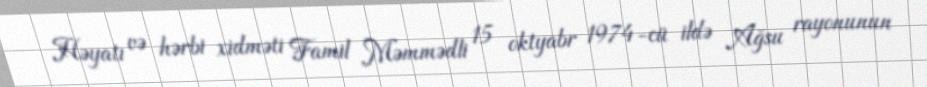
Həyatı və hərbi xidməti Famil Məmmədli 15 oktyabr 1974-cü ildə Ağsu rayonunun